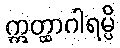
ဣတ္ထာဂါရမ္ပိ